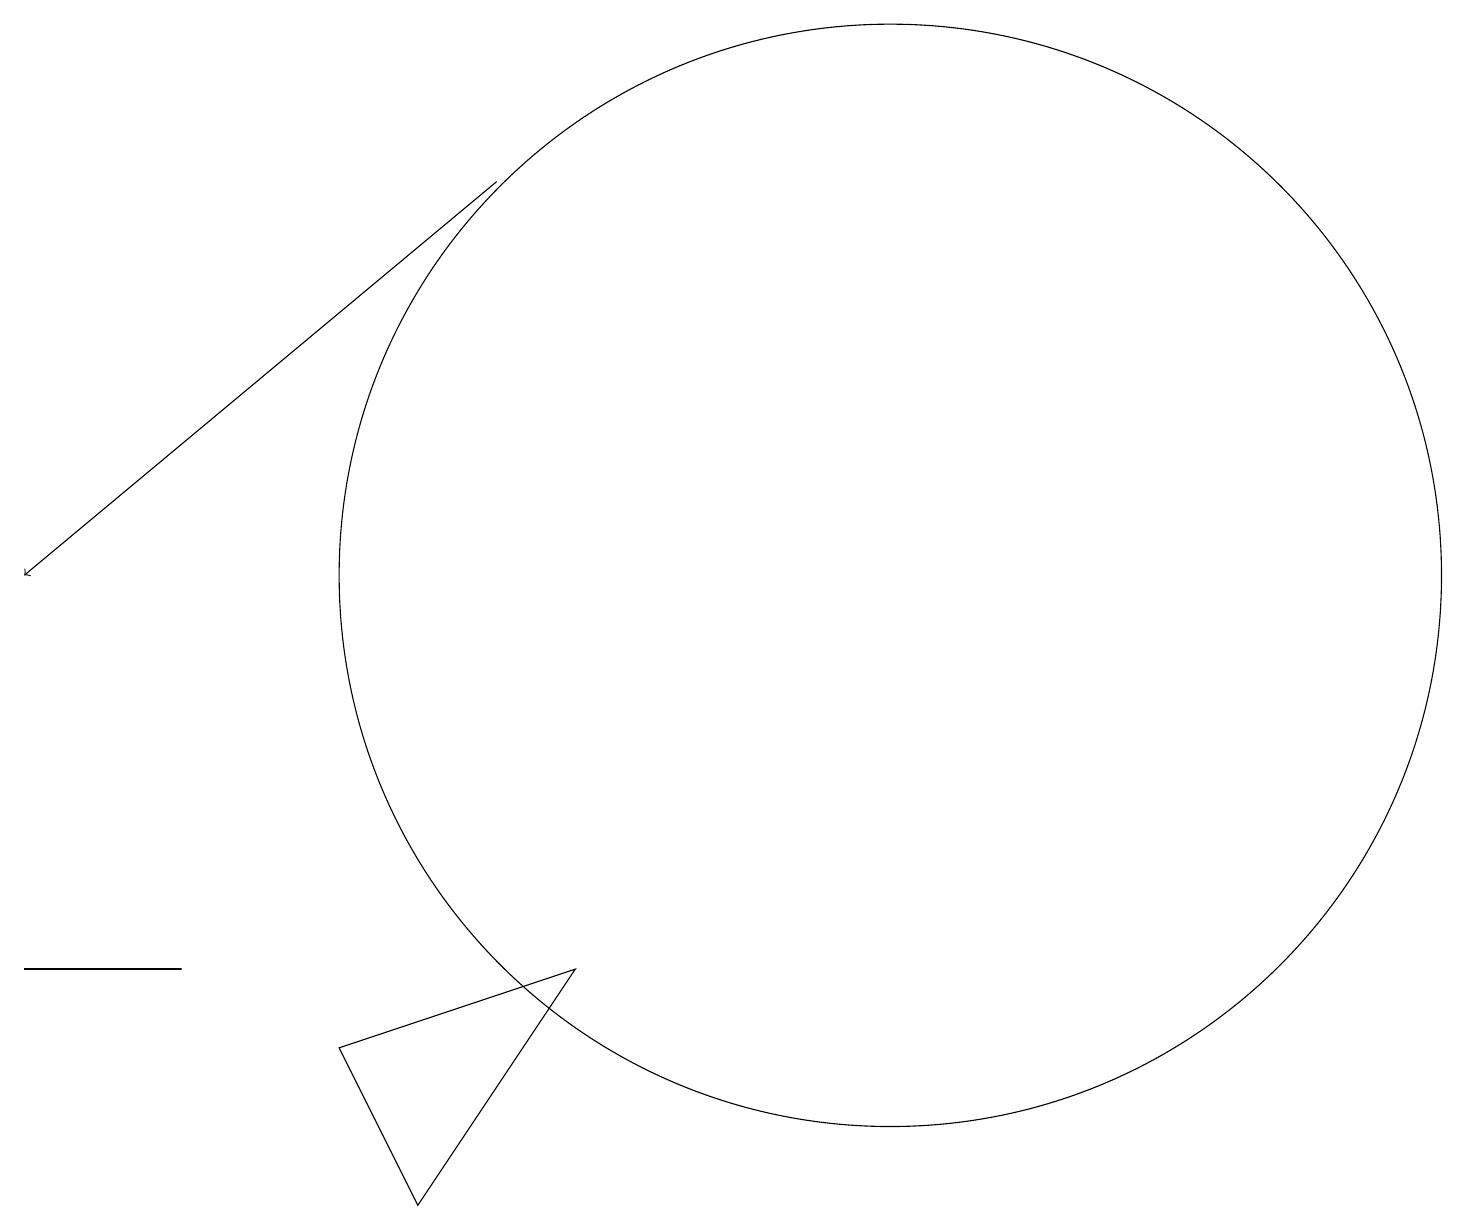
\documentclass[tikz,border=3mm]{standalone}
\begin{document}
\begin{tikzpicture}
\draw (11,10) circle (7);
\draw (4,4) -- (7,5) -- (5,2) -- cycle;
\draw (2,5) -- (0,5) -- (2,5) -- cycle;
\draw[->] (6,15) -- (0,10);
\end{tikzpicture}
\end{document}